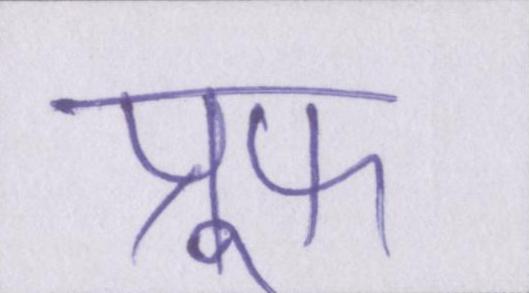
प्रूफ